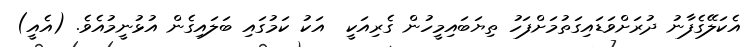
އެކަލޭގެފާނު ދުރަށްވަޑައިގަތުމަށްފަހު ތިޔަބައިމީހުން ގެރިއަކީ  އަކު ކަމުގައި ބަލައިގެން އުޅުނީމުއެވެ. (އެއީ)